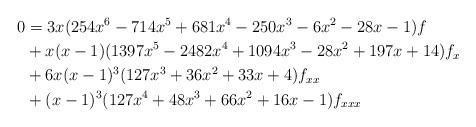
LaTeX: \begin{align*} 0 &= 3 x (254 x^6-714 x^5+681 x^4-250 x^3-6 x^2-28 x-1) f\\& + x(x-1) (1397 x^5-2482 x^4+1094 x^3-28 x^2+197 x+14) f_{x}\\& + 6 x (x-1)^3 (127 x^3+36 x^2+33 x+4) f_{xx}\\& + (x-1)^3 (127 x^4+48 x^3+66 x^2+16 x-1) f_{xxx}\end{align*}